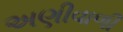
અણીવાળી